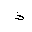
Letter: _thal